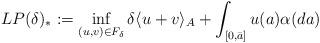
LaTeX: \begin{align*}LP(\delta)_* :=\inf_{( u, v) \in F_\delta} \delta \langle u + v \rangle_A + \int_{[0,\bar a]} u(a) \alpha(da)\end{align*}